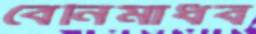
বেনিমাধব